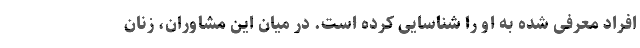
افراد معرفی شده به او را شناسایی کرده است. در میان این مشاوران، زنان